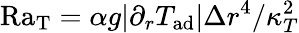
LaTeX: \mathrm{Ra_{T}}=\alpha g|\partial_{r}T_{\mathrm{ad}}|\Delta r^{4}/\kappa_{T}^{2}